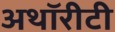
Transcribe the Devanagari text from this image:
अथॉरीटी